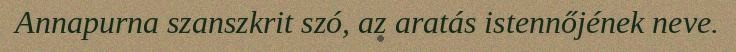
Annapurna szanszkrit szó, az aratás istennőjének neve.